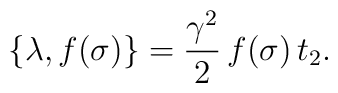
\{\lambda ,f(\sigma)\} =\frac{\gamma^2}{2}\,f(\sigma)\,t_2.